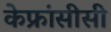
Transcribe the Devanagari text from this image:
केफ्रांसीसी